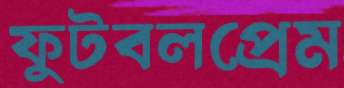
ফুটবলপ্রেম